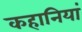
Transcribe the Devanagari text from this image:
कहानियां